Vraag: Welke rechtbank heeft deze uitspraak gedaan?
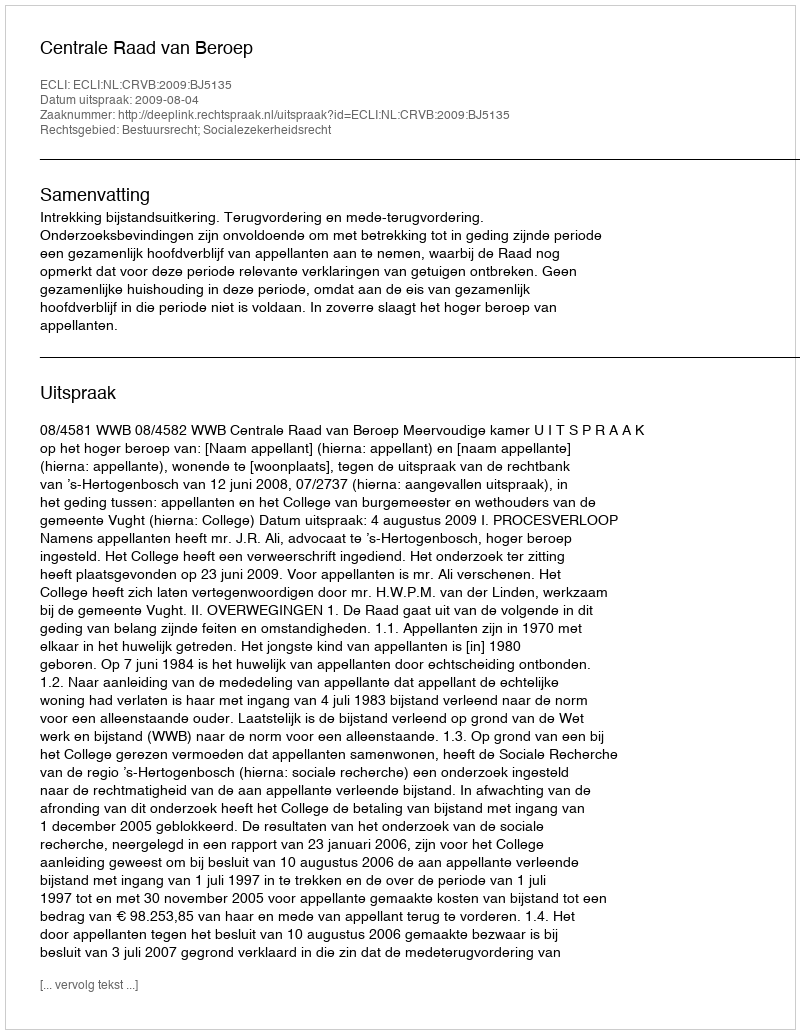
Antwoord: Centrale Raad van Beroep